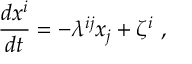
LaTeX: \frac { d x ^ { i } } { d t } = - \lambda ^ { i j } x _ { j } + \zeta ^ { i } \ ,